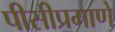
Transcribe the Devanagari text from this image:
पीसीप्रमाणे